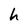
Character: h